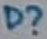
Text: D?